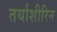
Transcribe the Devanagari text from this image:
तर्याशीरिन